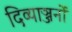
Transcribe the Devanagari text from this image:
दिव्याञ्जनों